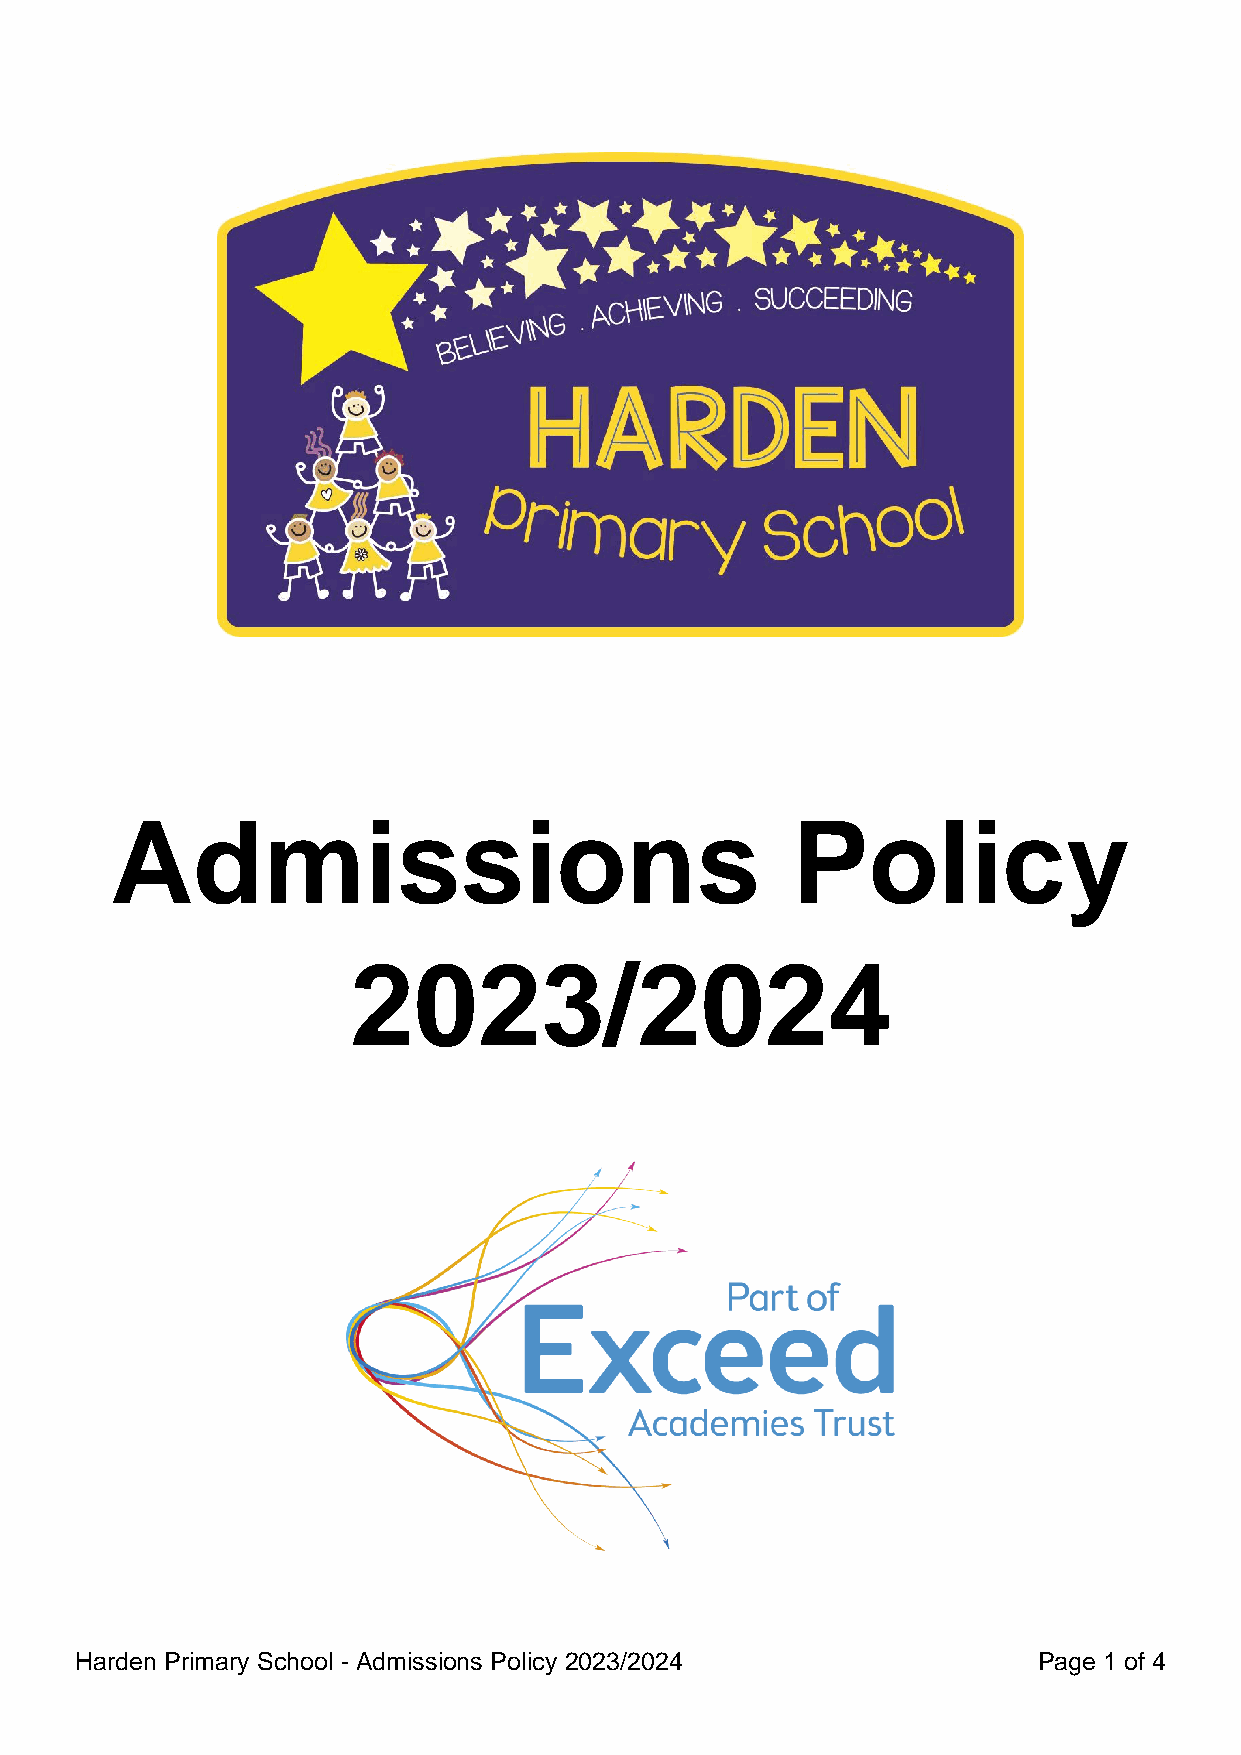
Admissions                                   Policy
 2023/2024
 Harden Primary School - Admissions Policy 2023/2024             Page 1 of 4